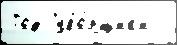
Год Убо́рщик'и